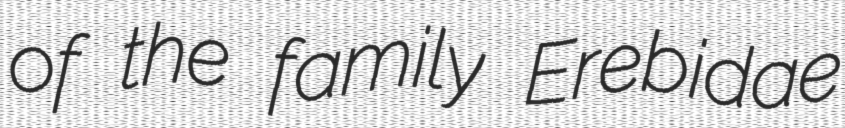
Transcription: of the family Erebidae